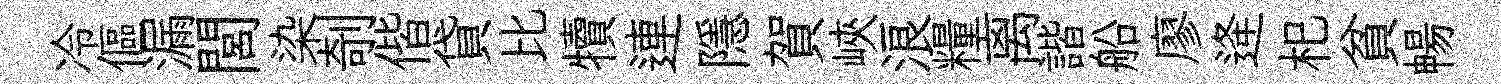
冷傴漏閭染剞偕貸比犢連隱賀峽浪糧离諧船廖逄𣏌貧暢